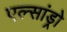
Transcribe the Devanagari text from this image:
एल्‍सांड्रो